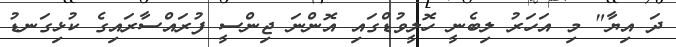
ދަ އިޔާ" މި އަހަރު ލިބެނީ ހޮލީވުޑްގައި އޮންނަ ޖިންސީ ފުރައްސާރައިގެ ކުޅިގަނޑު